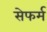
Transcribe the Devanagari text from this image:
सेफर्म